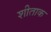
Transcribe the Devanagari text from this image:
शीताक